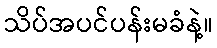
သိပ်အပင်ပန်းမခံနဲ့။